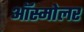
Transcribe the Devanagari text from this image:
ऑस्मोलर